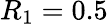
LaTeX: R_{1}=0.5